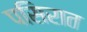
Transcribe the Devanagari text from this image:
पसिरात